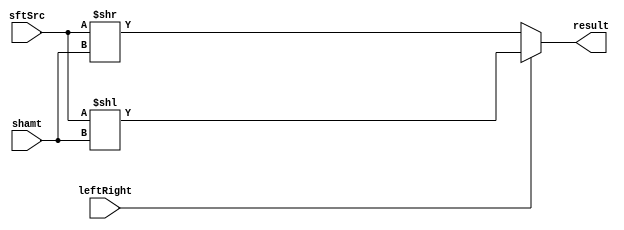
module Shifter( result, leftRight, shamt, sftSrc );

//I/O ports 
output	[32-1:0] result;

input			leftRight;
input	[32-1:0] shamt;
input	[32-1:0] sftSrc ;

//Internal Signals
wire	[32-1:0] result;

integer i;
  
//Main function
/*your code here*/

assign result = leftRight ? (sftSrc<<shamt) : (sftSrc>>shamt);
/*
always@(*) begin
	$display("[Shifter] shamt= %b",shamt);
end
*/
endmodule


/*
module test;

reg [32-1:0]	in;
reg	[5-1:0]		shamt;
wire			leftright;
wire [32-1:0]	out;
integer 		i;

Shifter sss(out,leftright,shamt,in);

assign leftright = 1;

initial begin
	$dumpfile("wwww.vcd");
	$dumpvars;
	in = 32'hffffffff;
	shamt = 0;
	for( i=1;i<=32;i++)begin
		#3	shamt = i;
	end

end

initial #100 $finish;

endmodule
*/